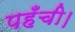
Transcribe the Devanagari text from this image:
पहँची।